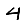
Digit: 4